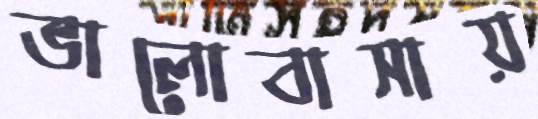
ভালোবাসায়